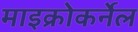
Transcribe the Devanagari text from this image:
माइक्रोकर्नेल